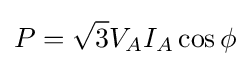
P={\sqrt {3}}V_{A}I_{A}\cos \phi